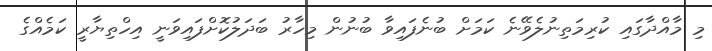
މި މާއްދާގައި ކުރިމަތިނުލެވޭނެ ކަމަށް ބުނެފައިވާ ބުނުން މިހާރު ބަދަލުކޮށްފައިވަނީ އިހްތިޔާރީ ކަމެއްގެ